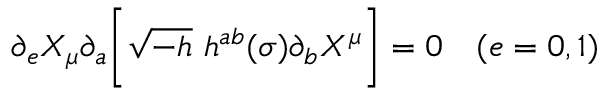
\partial _ { e } X _ { \mu } \partial _ { a } \Biggl [ \sqrt { - h } ~ h ^ { a b } ( \sigma ) \partial _ { b } X ^ { \mu } \Biggr ] = 0 ~ ~ ~ ( e = 0 , 1 )